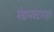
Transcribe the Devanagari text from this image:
मेथामफेटामाइन